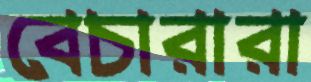
বেচারারা